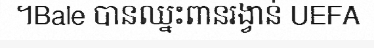
។Bale បានឈ្នះពានរង្វាន់ UEFA